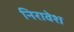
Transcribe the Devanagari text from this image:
निरावेश